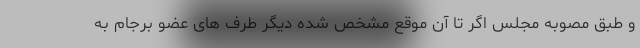
و طبق مصوبه مجلس اگر تا آن موقع مشخص شده دیگر طرف های عضو برجام به